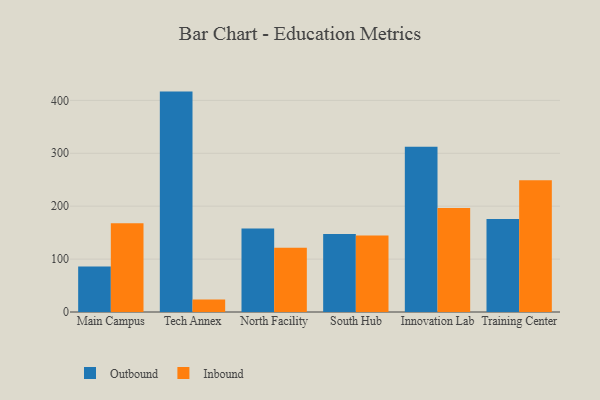
{"axis": {"x": "Campus", "y": "Budget (USD K)"}, "legend": ["Inbound", "Outbound"], "data": [{"x": "Main Campus", "y": 86.0, "type": "Outbound"}, {"x": "Main Campus", "y": 167.6, "type": "Inbound"}, {"x": "Tech Annex", "y": 416.6, "type": "Outbound"}, {"x": "Tech Annex", "y": 23.6, "type": "Inbound"}, {"x": "North Facility", "y": 158.0, "type": "Outbound"}, {"x": "North Facility", "y": 121.3, "type": "Inbound"}, {"x": "South Hub", "y": 147.6, "type": "Outbound"}, {"x": "South Hub", "y": 144.5, "type": "Inbound"}, {"x": "Innovation Lab", "y": 312.3, "type": "Outbound"}, {"x": "Innovation Lab", "y": 196.4, "type": "Inbound"}, {"x": "Training Center", "y": 176.0, "type": "Outbound"}, {"x": "Training Center", "y": 249.2, "type": "Inbound"}]}